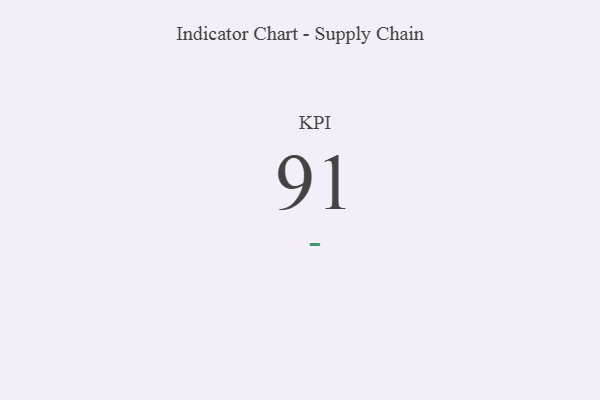
{"axis": {"x": "KPI", "y": "Value"}, "legend": [""], "data": [{"x": "KPI", "y": 91, "type": ""}]}